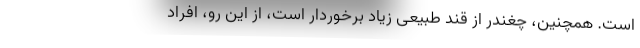
است. همچنین، چغندر از قند طبیعی زیاد برخوردار است، از این رو، افراد